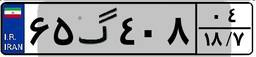
۶۵گ۴۰۸۰۴